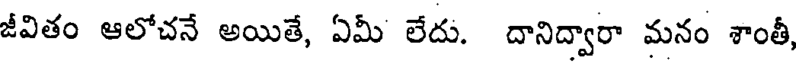
జీవితం ఆలోచనే అయితే, ఏమీ లేదు. దానిద్వారా మనం శాంతీ,